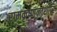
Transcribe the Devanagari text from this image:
रामकृष्णनाशारि